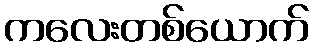
ကလေးတစ်ယောက်